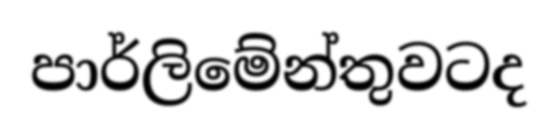
පාර්ලිමේන්තුවටද